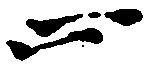
止